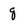
Character: g